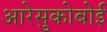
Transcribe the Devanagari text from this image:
आरेसुकोबोई